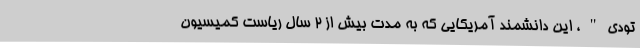
تودی"، این دانشمند آمریکایی که به مدت بیش از 2 سال ریاست کمیسیون